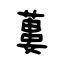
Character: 蔞